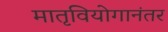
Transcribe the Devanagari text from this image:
मातृवियोगानंतर